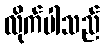
လိုက်ပါသည်